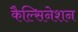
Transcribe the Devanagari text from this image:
कैल्सिनेशन